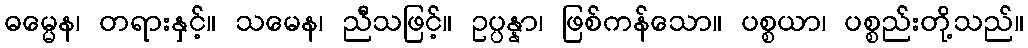
ဓမ္မေန၊ တရားနှင့်။ သမေန၊ ညီသဖြင့်။ ဥပ္ပန္နာ၊ ဖြစ်ကန်သော။ ပစ္စယာ၊ ပစ္စည်းတို့သည်။